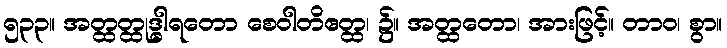
၅၃၃။ အတ္ထတ္ထုဒ္ဓါရတော စေဝါတိဧတ္ထ၊ ၌။ အတ္ထတော၊ အားဖြင့်။ တာဝ၊ စွာ။